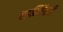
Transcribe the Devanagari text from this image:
एडमिरैल्टी